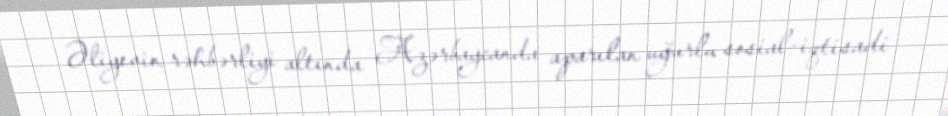
Əliyevin rəhbərliyi altında Azərbaycanda aparılan uğurlu sosial-iqtisadi